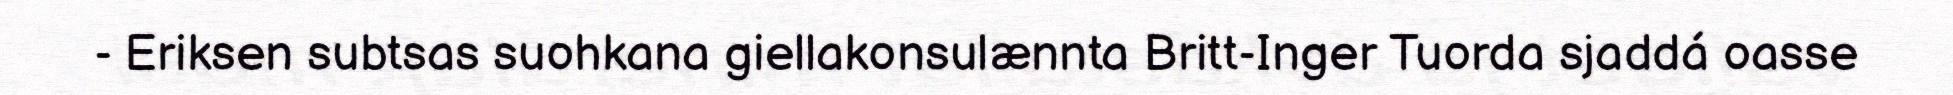
- Eriksen subtsas suohkana giellakonsulænnta Britt-Inger Tuorda sjaddá oasse